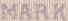
MARK